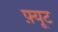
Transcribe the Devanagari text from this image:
फ़्यूट